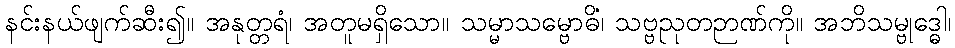
နင်းနယ်ဖျက်ဆီး၍။ အနုတ္တရံ၊ အတူမရှိသော။ သမ္မာသမ္ဗောဓိံ၊ သဗ္ဗညုတဉာဏ်ကို။ အဘိသမ္ဗုဒ္ဓေါ၊